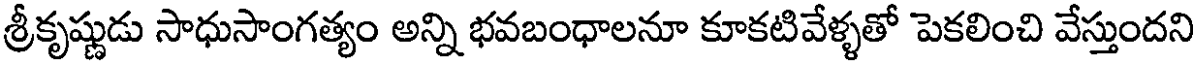
శ్రీకృష్ణుడు సాధుసాంగత్యం అన్ని భవబంధాలనూ కూకటివేళ్ళతో పెకలించి వేస్తుందని